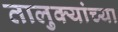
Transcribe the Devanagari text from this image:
तालुक्‍यांच्या